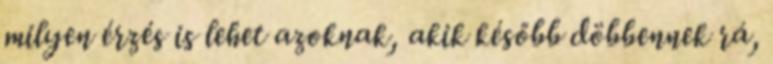
milyen érzés is lehet azoknak, akik később döbbennek rá,